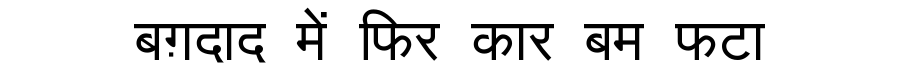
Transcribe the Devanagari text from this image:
बग़दाद में फिर कार बम फटा